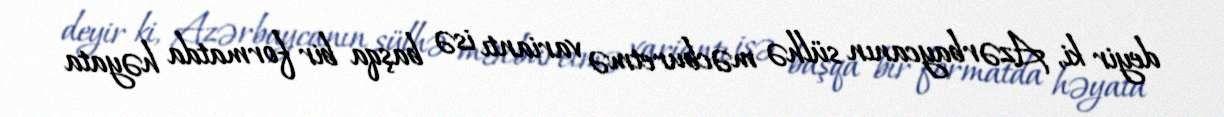
deyir ki, Azərbaycanın sülhə məcburetmə variantı isə başqa bir formatda həyata